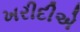
ખરીદીએ